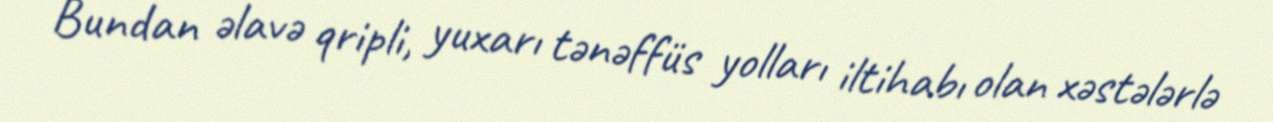
Bundan əlavə qripli, yuxarı tənəffüs yolları iltihabı olan xəstələrlə